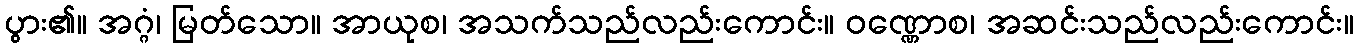
ပွား၏။ အဂ္ဂံ၊ မြတ်သော။ အာယုစ၊ အသက်သည်လည်းကောင်း။ ဝဏ္ဏောစ၊ အဆင်းသည်လည်းကောင်း။